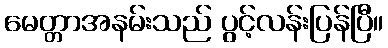
မေတ္တာအနမ်းသည် ပွင့်လန်းပြန်ပြီ။